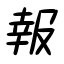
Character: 報